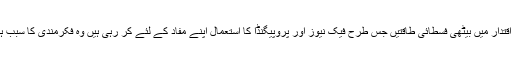
آج اقتدار میں بیٹھی فسطائی طاقتیں جس طرح فیک نیوز اور پروپیگنڈا کا استعمال اپنے مفاد کے لئے کر رہی ہیں وہ فکرمندی کا سبب ہے۔